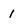
Character: 1